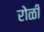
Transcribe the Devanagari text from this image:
रोळी